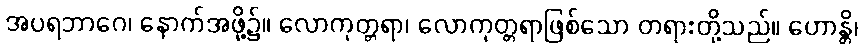
အပရဘာဂေ၊ နောက်အဖို့၌။ လောကုတ္တရာ၊ လောကုတ္တရာဖြစ်သော တရားတို့သည်။ ဟောန္တိ၊